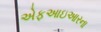
એફઆઇઆરના